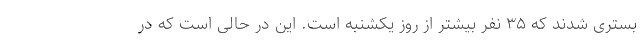
بستری شدند که ۳۵ نفر بیشتر از روز یکشنبه است. این در حالی است که در